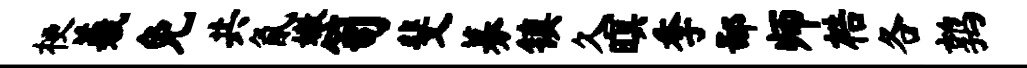
梗羲免共氤嫩笥斐募镇久暝季鄙师梏各鹑